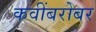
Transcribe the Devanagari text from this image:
कवींबरोबर